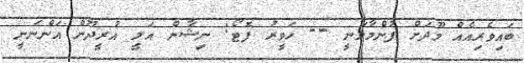
ބައިވެރިއެއް މޫދަށް ފުންމާލަނީ -- ހަވީރު ފޮޓޯ: ނިޝާން އަލީ އުރީދޫން އަންނަނީ